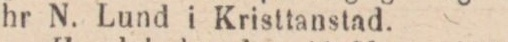
hr N. Lund i Kristtanstad.